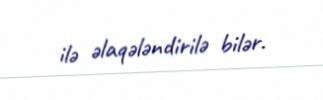
ilə əlaqələndirilə bilər.